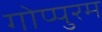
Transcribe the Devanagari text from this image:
गोप्पुरम